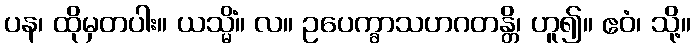
ပန၊ ထိုမှတပါး။ ယသ္မိံ။ လ။ ဥပေက္ခာသဟဂတန္တိ၊ ဟူ၍။ ဧဝံ၊ သို့။